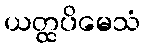
ယတ္ထပိမေသံ